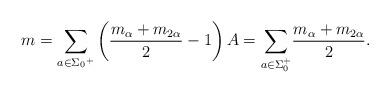
LaTeX: \begin{align*}m=\underset{a\in \Sigma {}_{0}{}^{+}}{\sum }\left( \frac{m{}_{\alpha}+m{}_{2\alpha }}{2}-1\right) A=\underset{a\in \Sigma_{0}^{+}}{\sum }\frac{m_{\alpha }+m_{2\alpha }}{2}. \end{align*}